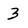
Character: 3